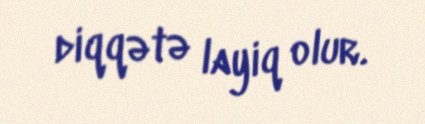
diqqətə layiq olur.